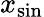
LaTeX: x_{\mathrm{sin}}